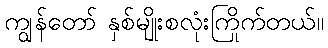
ကျွန်တော် နှစ်မျိုးစလုံးကြိုက်တယ်။